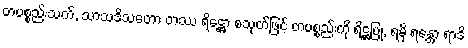
တပစ္စည်းသက်, သာသဒိသတော တဿ ရိဋ္ဌော စသုတ်ဖြင့် တပစ္စည်းကို ရိဋ္ဌပြု, ရမှိ ရန္တော ရာဒိ